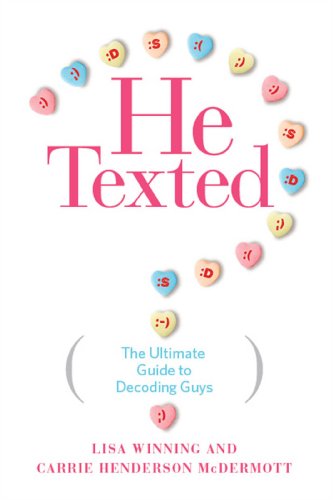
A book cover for He Texted: The Ultimate Guide to Decoding Guys; Lisa Winning; Humor & Entertainment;